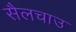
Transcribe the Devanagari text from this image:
सैलचाउ